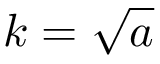
k = { \sqrt { a } }